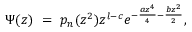
\Psi ( z ) \ = \ p _ { n } ( z ^ { 2 } ) z ^ { l - c } e ^ { - { \frac { a z ^ { 4 } } { 4 } } - { \frac { b z ^ { 2 } } { 2 } } } ,